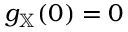
g _ { \mathbb { X } } ( 0 ) = 0